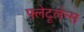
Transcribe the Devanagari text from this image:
फ्लेटूलेन्स